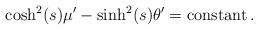
LaTeX: \begin{align*} \cosh^2 ( s ) \mu' - \sinh^2 ( s ) \theta' =\mathrm{constant}\,.\end{align*}